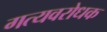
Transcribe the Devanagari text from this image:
गत्यवरोधक